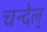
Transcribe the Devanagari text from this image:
चन्देल्